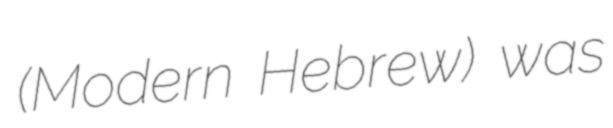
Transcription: (Modern Hebrew) was